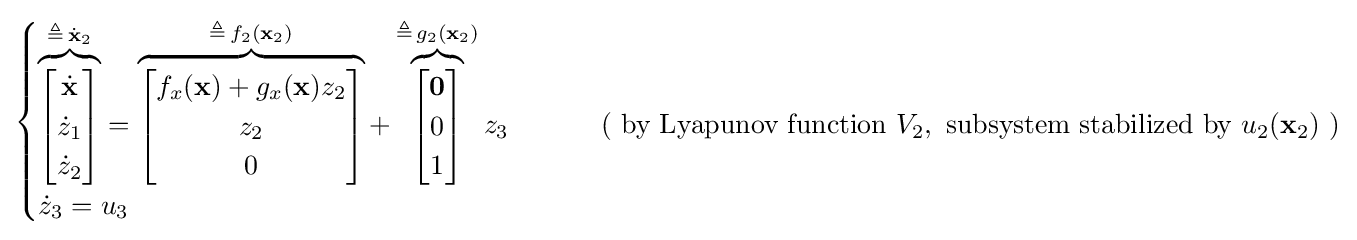
{\begin{cases}\overbrace {\begin{bmatrix}{\dot {\mathbf {x} }}\\{\dot {z}}_{1}\\{\dot {z}}_{2}\end{bmatrix}} ^{\triangleq \,{\dot {\mathbf {x} }}_{2}}=\overbrace {\begin{bmatrix}f_{x}(\mathbf {x} )+g_{x}(\mathbf {x} )z_{2}\\z_{2}\\0\end{bmatrix}} ^{\triangleq \,f_{2}(\mathbf {x} _{2})}+\overbrace {\begin{bmatrix}\mathbf {0} \\0\\1\end{bmatrix}} ^{\triangleq \,g_{2}(\mathbf {x} _{2})}z_{3}&\qquad {\text{ ( by Lyapunov function }}V_{2},{\text{ subsystem stabilized by }}u_{2}({\textbf {x}}_{2}){\text{ )}}\\{\dot {z}}_{3}=u_{3}\end{cases}}